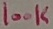
Text: 100K